Annual report of the Punjab Veterinary College and of the Civil Veterinary Department, Punjab - 1894-1908
Year: 1894
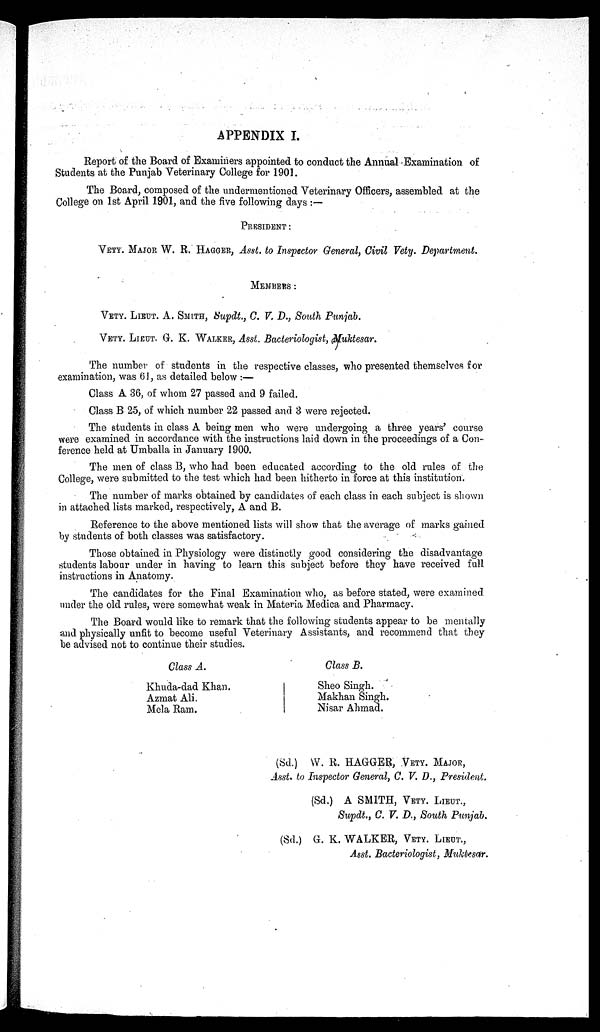
APPENDIX I.
Report of the Board of Examiners appointed to conduct the Annual Examination of
Students at the Punjab Veterinary College for 1901.
The Board, composed of the undermentioned Veterinary Officers, assembled at the
College on 1st April 1901, and the five following days:—
PRESIDENT:
VETY. MAJOR W. R. HAGGER, Asst. to Inspector General, Civil Vety. Department.
MEMBERS:
VETY. LIEUT. A. SMITH, Supdt., C. V. D., South Punjab.
VETY. LIEUT. G. K. WALKER, Asst. Bacteriologist, Muktesar.
The number of students in the respective classes, who presented themselves for
examination, was 61, as detailed below:—
Class A 36, of whom 27 passed and 9 failed.
Class B 25, of which number 22 passed and 3 were rejected.
The students in class A being men who were undergoing a three years' course
were examined in accordance with the instructions laid down in the proceedings of a Con-
ference held at Umballa in January 1900.
The men of class B, who had been educated according to the old rules of the
College, were submitted to the test which had been hitherto in force at this institution.
The number of marks obtained by candidates of each class in each subject is shown
in attached lists marked, respectively, A and B.
Reference to the above mentioned lists will show that the average of marks gained
by students of both classes was satisfactory.
Those obtained in Physiology were distinctly good considering the disadvantage
students labour under in having to learn this subject before they have received full
instructions in Anatomy.
The candidates for the Final Examination who, as before stated, were examined
under the old rules, were somewhat weak in Materia Medica and Pharmacy.
The Board would like to remark that the following students appear to be mentally
and physically unfit to become useful Veterinary Assistants, and recommend that they
be advised not to continue their studies.
Class A.
Khuda-dad Khan.
Azmat Ali.
Mela Ram.
Class B.
Sheo Singh.
Makhan Singh.
Nisar Ahmad.
(Sd.)
W. R. HAGGER, VETY. MAJOR,
Asst. to Inspector General, C. V. D., President.
(Sd.) A SMITH, VETY. LIEUT.,
Supdt., C. V. D., South Punjab.
(Sd.) G. K. WALKER, VETY. LIEUT.,
Asst. Bacteriologist, Muktesar.